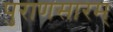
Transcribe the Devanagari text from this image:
पुराणसारम्